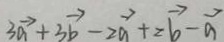
3 \overrightarrow { a } + 3 \overrightarrow { b } - \overrightarrow { 2 a } + \overrightarrow { 2 b } - \overrightarrow { a }